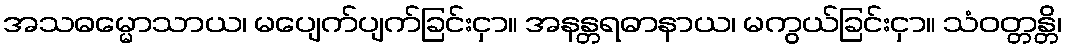
အသဓမ္မောသာယ၊ မပျေက်ပျက်ခြင်းငှာ။ အနန္တရဓာနာယ၊ မကွယ်ခြင်းငှာ။ သံဝတ္တန္တိ၊